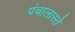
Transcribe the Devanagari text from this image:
पंचालास्ते